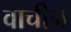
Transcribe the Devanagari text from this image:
वाचीन